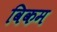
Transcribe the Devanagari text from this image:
विकम